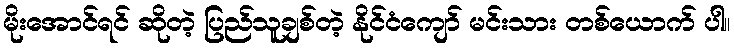
မိုးအောင်ရင် ဆိုတဲ့ ပြည်သူချစ်တဲ့ နိုင်ငံကျော် မင်းသား တစ်ယောက် ပါ။